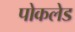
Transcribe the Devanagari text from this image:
पोकलेड